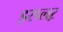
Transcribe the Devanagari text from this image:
इसलऱ़